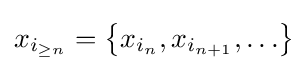
x_{i_{\geq n}}=\left\{x_{i_{n}},x_{i_{n+1}},\ldots \right\}